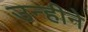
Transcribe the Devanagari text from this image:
उन्हीने